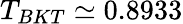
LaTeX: T_{BKT}\simeq 0.8933